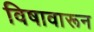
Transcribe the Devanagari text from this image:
विषावारून